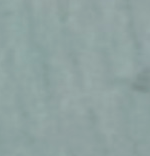
جسر رئيسي